Annual report on the working of the lock hospitals in the North-Western Provinces and Oudh
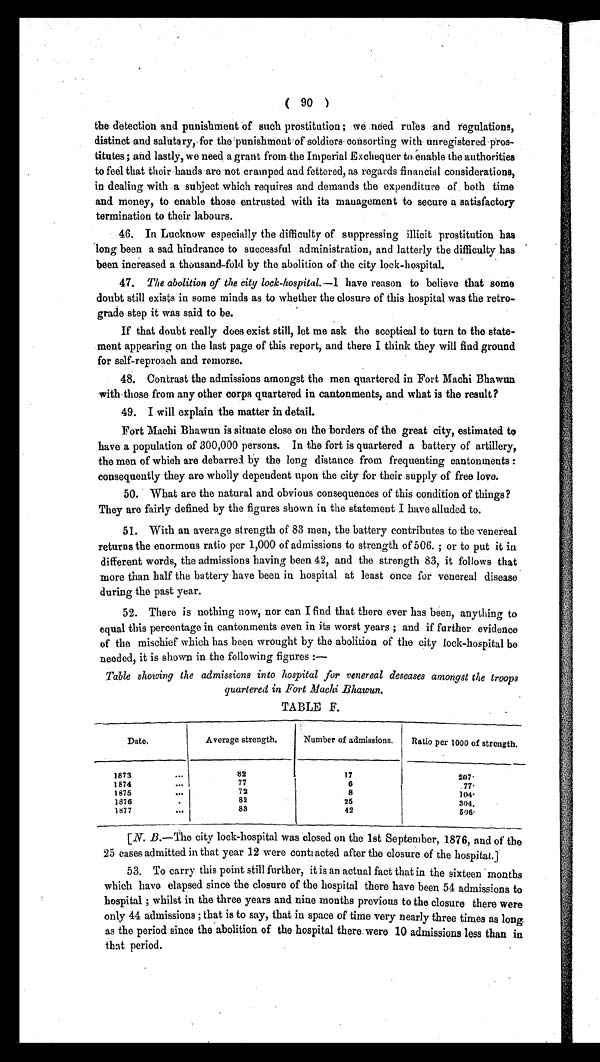
( 90 )
the detection and punishment of such prostitution ; we need rules and regulations,
distinct and salutary, for the .punishment of soldiers consorting with unregistered pros-
titutes.; and lastly, we need a grant from the Imperial Exchequer to enable the authorities
to feel that their hands are not cramped and fettered, as regards financial considerations,
in dealing with a subject which requires and demands the expenditure of both time
and money, to enable those entrusted with its management to secure a satisfactory
termination to their labours.
46. In Lucknow especially the difficulty of suppressing illicit prostitution has
long been a sad hindrance to successful administration, and latterly the difficulty has
been increased a thousand-fold by the abolition of the city lock-hospital.
47. The abolition of the city lock-hospital .—1 have reason to believe that some
doubt still exists in some minds as to whether the closure of this hospital was the retro-
grade step it was said to be.
If that doubt really does exist still, let me ask the sceptical to turn to the state-
ment appearing on the last page of this report, and there I think they will find ground
for self-reproach and remorse.
48. Contrast the admissions amongst the men quartered in Fort Machi Bhawun
with those from any other corps quartered in cantonments, and what is the result?
49. I will explain the matter in detail.
Fort Machi Bhawun is situate close on the borders of the great city, estimated to
have a population of 300,000 persons. In the fort is quartered a battery of artillery,
the men of which are debarred by the long distance from frequenting cantonments :
consequently they are wholly dependent upon the city for their supply of free love.
50. What are the natural and obvious consequences of this condition of things?
They are fairly defined by the figures shown in the statement I have alluded to.
51. With an average strength of 83 men, the battery contributes to the venereal
returns the enormous ratio per 1,000 of admissions to strength of 506. ; or to put it in
different words, the admissions having been 42, and the strength 83, it follows that
more than half the battery have been in hospital at least once for venereal disease
during the past year.
52. There is nothing now, nor can I find that there ever has been, anything to
equal this percentage in cantonments even in its worst years ; and if further evidence
of the mischief which has been wrought by the abolition of the city lock-hospital be
needed, it is shown in the following figures
: —
Table showing the admissions into hospital for venereal deseases amongst the troops
quartered in Fort Machi Bhawun.
TABLE F.
Date.
Average strength.
Number of admissions.
Ratio per 1000 of strength.
1873
...
82
17
2 0 7 ·
1874
. . .
7 7
6
7 7 ·
1875
. . .
72
8
1 0 4 ·
1876
.
82
25
3 0 4 .
1877
. . .
83
42
5 0 6 ·
[N. B.—The city lock-hospital was closed on the 1st September, 1876, and of the
25 cases admitted in that year 12 were contracted after the closure of the hospital.]
53. To carry this point still further, it is an actual fact that in the sixteen months
which have elapsed since the closure of the hospital there have been 54 admissions to
hospital ; whilst in the three years and nine months previous to the closure there were
only 44 admissions ; that is to say, that in space of time very nearly three times as long
as the period since the abolition of the hospital there were 10 admissions less than in
that period.